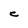
Character: C